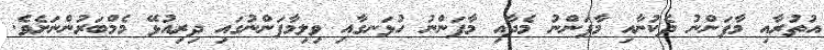
އުތުރާއި މާފަންނު ދެކުނާއި މާފަންނު މެދާއި މާފަންނު ހުޅަނގާއި ވިލިމާފަންނުގައި ދިރިއުޅޭ މެމްބަރުންނަށެވެ.